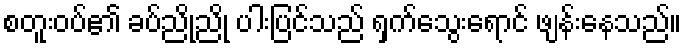
စတူးဝပ်၏ ခပ်ညိုညို ပါးပြင်သည် ရှက်သွေးရောင် ဖျန်းနေသည်။